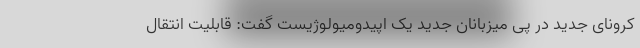
کرونای جدید در پی میزبانان جدید یک اپیدومیولوژیست گفت: قابلیت انتقال